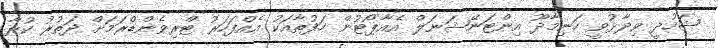
ޝަހުދީ ވިދާޅުވީ ހަނިމާދޫ އިންޓަނޭޝަނަލް އެއާޕޯޓުން ހަފުތާއަކު އެއްފަހަރު ޓްރިވެންޑްރަމަށް ދަތުރު ކުރާ